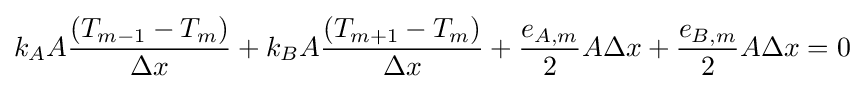
k_{A}A{\frac {(T_{m-1}-T_{m})}{\Delta {x}}}+k_{B}A{\frac {(T_{m+1}-T_{m})}{\Delta {x}}}+{\frac {e_{A,m}}{2}}A\Delta {x}+{\frac {e_{B,m}}{2}}A\Delta {x}=0